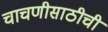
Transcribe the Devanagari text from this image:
चाचणीसाठीची